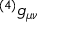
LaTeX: { ^ { ( 4 ) } } g _ { \mu \nu }